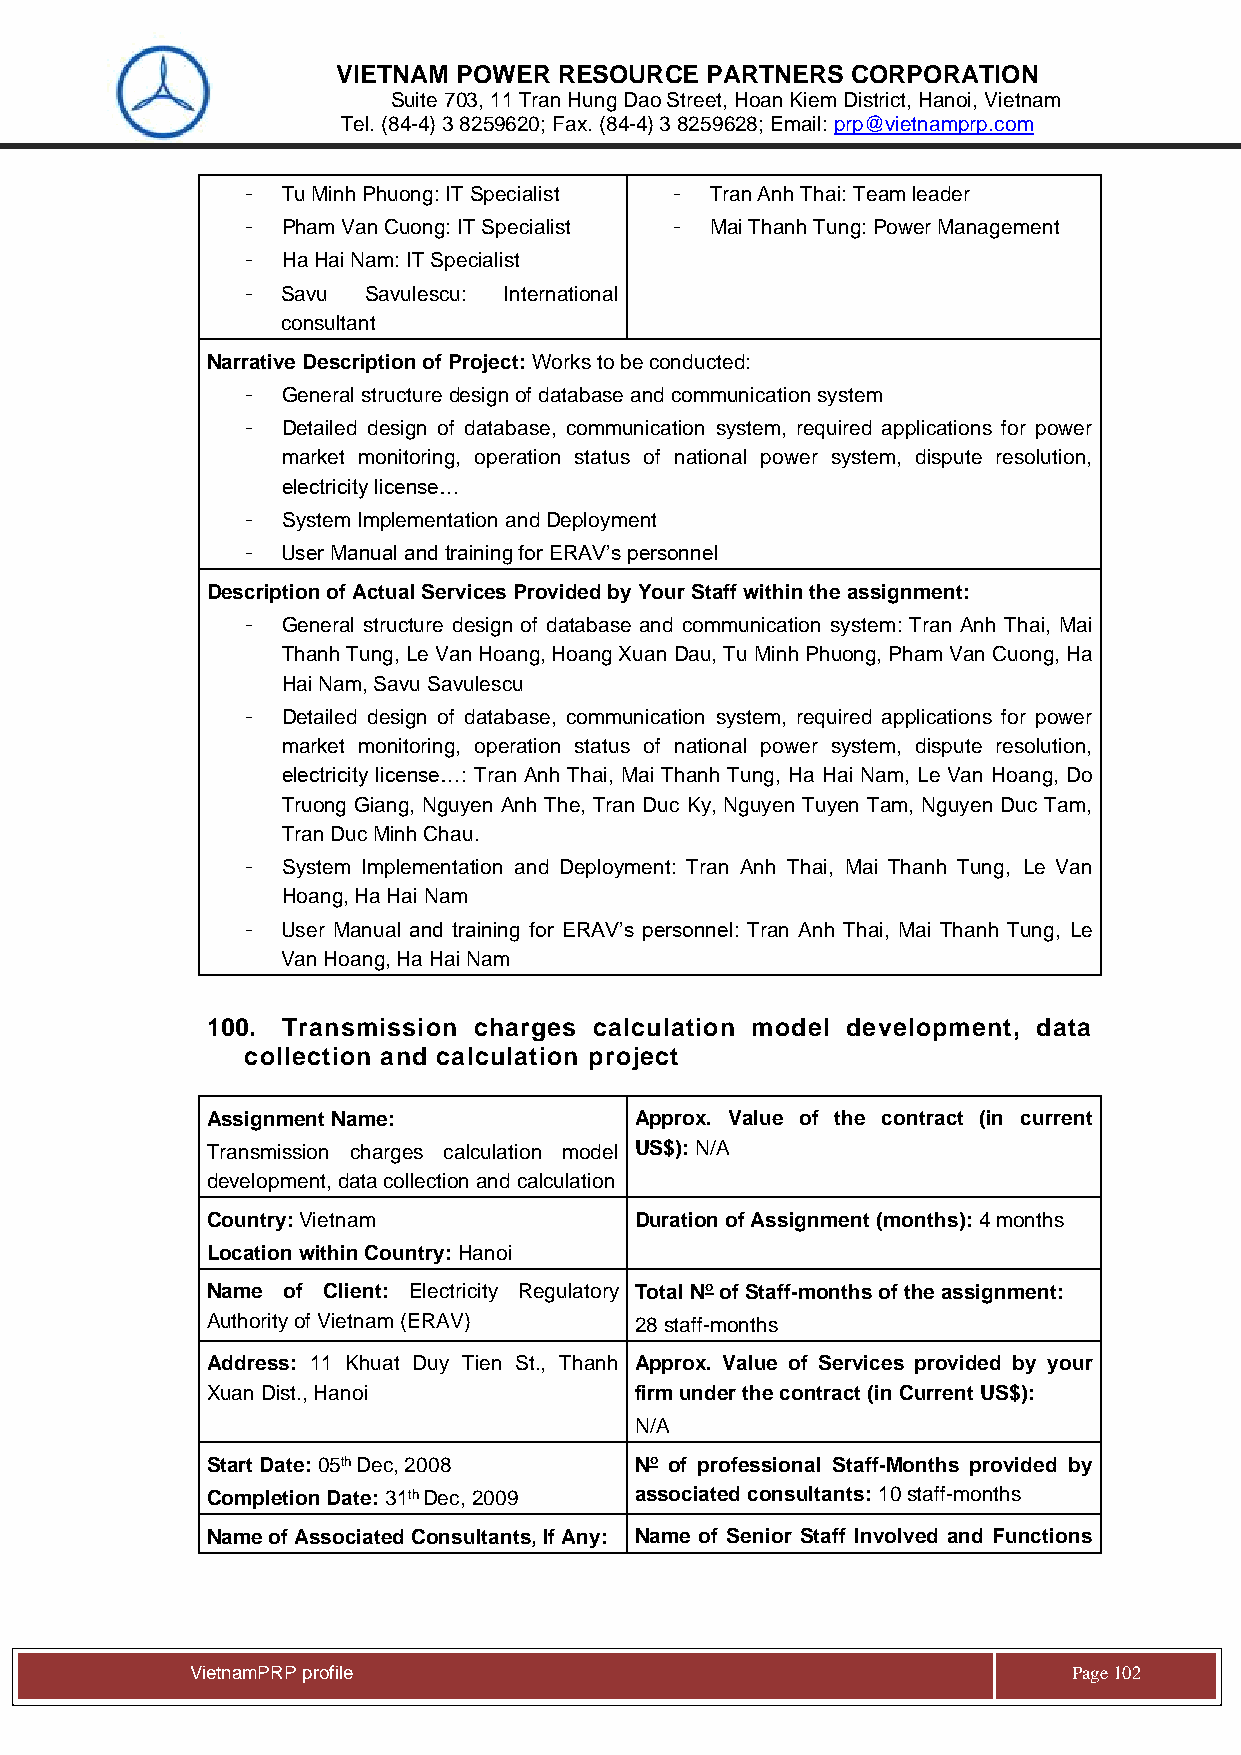
VIETNAM POWER  RESOURCE  PARTNERS CORPORATION
 Suite 703, 11 Tran Hung Dao Street, Hoan Kiem District, Hanoi, Vietnam
 Tel. (84-4) 3 8259620; Fax. (84-4) 3 8259628; Email: prp@vietnamprp.com
 -  Tu Minh Phuong: IT Specialist - Tran Anh Thai: Team leader
 -  Pham Van Cuong: IT Specialist - Mai Thanh Tung: Power Management
 -  Ha Hai Nam: IT Specialist
 -  Savu Savulescu: International
 consultant
 Narrative Description of Project: Works to be conducted:
 -  General structure design of database and communication system
 -  Detailed design of database, communication system, required applications for power
 market monitoring, operation status of national power system, dispute resolution,
 electricity license…
 -  System Implementation and Deployment
 -  User Manual and training for ERAV’s personnel
 Description of Actual Services Provided by Your Staff within the assignment:
 -  General structure design of database and communication system: Tran Anh Thai, Mai
 Thanh Tung, Le Van Hoang, Hoang Xuan Dau, Tu Minh Phuong, Pham Van Cuong, Ha
 Hai Nam, Savu Savulescu
 -  Detailed design of database, communication system, required applications for power
 market monitoring, operation status of national power system, dispute resolution,
 electricity license…: Tran Anh Thai, Mai Thanh Tung, Ha Hai Nam, Le Van Hoang, Do
 Truong Giang, Nguyen Anh The, Tran Duc Ky, Nguyen Tuyen Tam, Nguyen Duc Tam,
 Tran Duc Minh Chau.
 -  System Implementation and Deployment: Tran Anh Thai, Mai Thanh Tung, Le Van
 Hoang, Ha Hai Nam
 -  User Manual and training for ERAV’s personnel: Tran Anh Thai, Mai Thanh Tung, Le
 Van Hoang, Ha Hai Nam
 100. Transmission charges calculation model development, data
 collection and calculation project
 Assignment Name:            Approx. Value of the contract (in current
 Transmission charges calculation model US$): N/A
 development, data collection and calculation
 Country: Vietnam            Duration of Assignment (months): 4 months
 Location within Country: Hanoi
 Name of Client: Electricity Regulatory Total No of Staff-months of the assignment:
 Authority of Vietnam (ERAV) 28 staff-months
 Address: 11 Khuat Duy Tien St., Thanh Approx. Value of Services provided by your
 Xuan Dist., Hanoi           firm under the contract (in Current US$):
 N/A
 Start Date: 05th Dec, 2008  No of professional Staff-Months provided by
 Completion Date: 31th Dec, 2009 associated consultants: 10 staff-months
 Name of Associated Consultants, If Any: Name of Senior Staff Involved and Functions
 Vie tnamPRP profile                                       Page 102